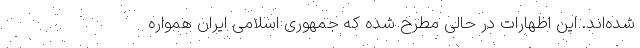
شده‌اند. این اظهارات در حالی مطرح شده که جمهوری اسلامی ایران همواره